Insane asylums in Bengal annual reports 1876-1887 - 1876-1887
Year: 1876
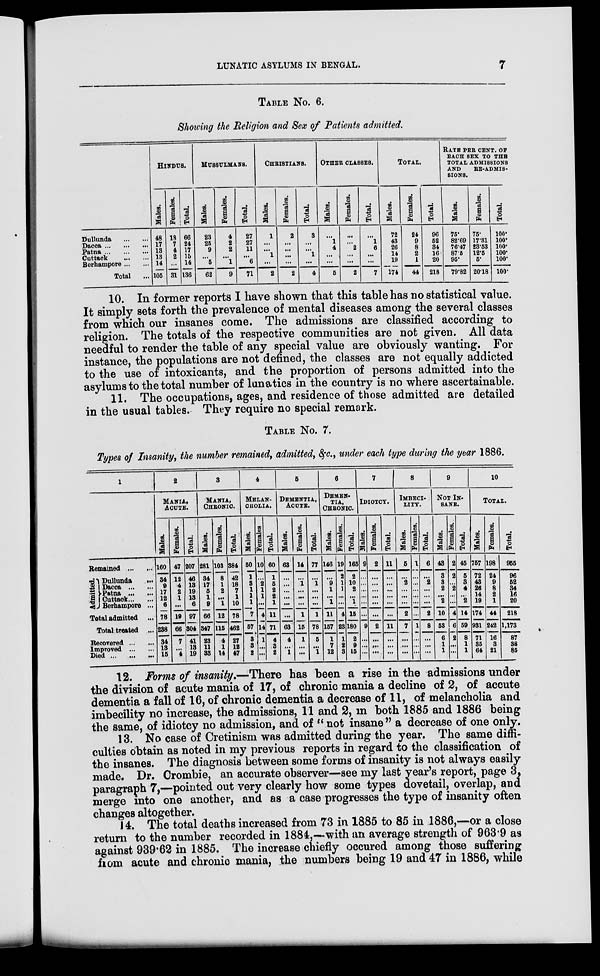
LUNATIC ASYLUMS IN BENGAL.
7
TABLE No. 6.
Showing the Religion and Sex of Patients admitted.
Dullunda
Dacca ... ... ...
Patna ... ... ...
Cuttack ... ...
Berhampore ... ...
Total ...
HINDUS.
Males.
48
17
13
13
14
105
Females.
18
7
4
2
...
31
Total.
66
24
17
1b
14
136
MUSSULMANS.
Males.
23
26
9
...
5
62
Females.
4
2
2
...
1
9
Total.
27
27
11
...
6
71
CHRISTIANS.
Males.
1
...
...
1
...
2
Females.
2
...
...
...
...
2
Total.
3
...
...
1
...
4
OTHER CLASSES.
Males.
...
1
4
...
...
5
Females.
...
...
2
...
...
2
Total.
...
1
6
...
...
7
TOTAL.
Males.
72
43
26
14
19
174
Females.
24
9
8
2
1
44
Total.
96
52
34
16
20
218
RATE PER CENT OF
EACH SEX TO THE
TOTAL ADMISSIONS
AND
RE-ADMIS¬
SIONS.
Males.
75.
82.69
76.47
87.5
95.
79.82
Females.
75.
17.31
23.53
12.5
5.
20.18
Total.
100.
100.
100.
100.
100.
100.
10. In former reports I have shown that this table has no statistical value.
It simply sets forth the prevalence of mental diseases among the several classes
from which our insanes come. The admissions are classified according to
religion. The totals of the respective communities are not given. All data
needful to render the table of any special value are obviously wanting. For
instance, the populations are not defined, the classes are not equally addicted
to the use of intoxicants, and the proportion of persons admitted into the
asylums to the total number of lunatics in the country is no where ascertainable.
11. The occupations, ages, and residence of those admitted are detailed
in the usual tables. They require no special remark.
TABLE No. 7.
Types of Insanity, the number remained, admitted, &c., under each type during the year 1886.
1
Remained
...
...
Admitted.
Dullunda ...
Dacca
Patna
Cuttack
Berhampore ...
Total Admitted
...
Total treated ...
Recovered ... ...
Improved
...
Died
...
...
...
2
MANIA,
ACUTE.
Males.
160
34
9
17
12
6
78
238
34
13
15
Females.
47
12
4
2
1
...
19
66
7
...
4
Total.
207
46
13
19
13
6
97
304
41
13
19
3
MANIA,
CHRNIC.
Males.
281
34
17
5
1
9
66
347
23
11
33
Females.
103
8
1
2
...
1
12
115
4
1
14
Total.
384
42
18
7
1
10
78
462
27
12
47
4
MELAN¬
-------
Males.
50
1
3
1
1
1
7
57
3
3
2
| Females
10
...
2
1
1
...
4
14
1
...
...
Total.
60
1
5
2
2
1
11
71
4
3
2
5
DEMENTIA,
ACUTE.
Males.
63
...
...
...
...
...
...
63
4
...
1
Females.
14
...
1
...
...
...
1
15
1
...
...
Total.
77
...
1
...
...
...
1
78
5
...
1
6
DEMEN-
TIA,
CHRONIC.
Males.
146
...
9
1
...
1
11
157
1
7
12
Females.
19
2
1
1
...
...
4
23
1
2
3
Total.
165
2
10
2
...
1
15
180
2
9
15
7
IDIOTCY.
Males.
9
...
...
...
...
...
...
9
...
...
...
Females.
2
...
...
...
...
...
...
2
...
...
...
Total.
11
...
...
...
...
...
...
11
...
...
...
8
IMBECI¬
-----
Males.
5
...
2
...
...
...
2
7
...
...
...
Females.
1
...
...
...
...
...
...
1
...
...
...
Total.
6
...
2
...
...
...
2
8
...
...
...
9
NOT IN¬
-----
Males.
43
3
3
2
...
2
10
53
6
1
1
Females.
2
2
...
2
...
...
4
6
2
...
...
Total.
45
5
3
4
...
2
14
59
8
1
1
10
TOTAL.
Males.
757
72
43
26
14
19
174
931
71
35
64
Females.
198
24
9
8
2
1
44
242
16
3
21
Total.
955
96
52
34
16
20
218
1,173
87
38
85
12. Forms of insanity.—There has been a rise in the admissions under
the division of acute mania of 17, of chronic mania a decline of 2, of accute
dementia a fall of 16, of chronic dementia a decrease of 11, of melancholia and
imbecility no increase, the admissions, 11 and 2, in both 1885 and 1886 being
the same, of idiotcy no admission, and of " not insane " a decrease of one only.
13. No case of Cretinism was admitted during the year. The same diffi-
culties obtain as noted in my previous reports in regard to the classification of
the insanes. The diagnosis between some forms of insanity is not always easily
made. Dr. Crombie, an accurate observer—see my last year's report, page 3,
paragraph 7,—pointed out very clearly how some types dovetail, overlap, and
merge into one another, and as a case progresses the type of insanity often
changes altogether.
14. The total deaths increased from 73 in 1885 to 85 in 1886,—or a close
return to the number recorded in 1884,—with an average strength of 963.9 as
against 939.62 in 1885. The increase chiefly occured among those suffering
from acute and chronic mania, the numbers being 19 and 47 in 1886, while